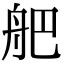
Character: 舥